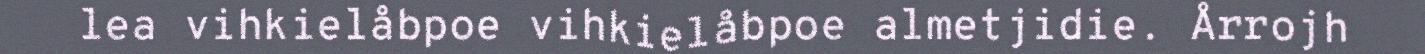
lea vihkielåbpoe vihkielåbpoe almetjidie. Årrojh